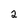
Character: 2